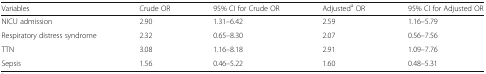
| Variables | Crude OR | 95% CI for Crude OR | Adjusteda OR | 95% CI for Adjusted OR |
 | --- | --- | --- | --- | --- |
 | NICU admission | 2.90 | 1.31–6.42 | 2.59 | 1.16–5.79 |
 | Respiratory distress syndrome | 2.32 | 0.65–8.30 | 2.07 | 0.56–7.56 |
 | TTN | 3.08 | 1.16–8.18 | 2.91 | 1.09–7.76 |
 | Sepsis | 1.56 | 0.46–5.22 | 1.60 | 0.48–5.31 |